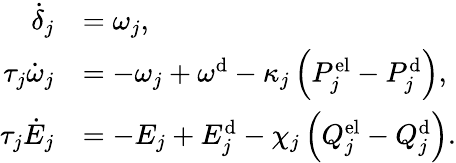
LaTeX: \begin{array}{rl}{\dot{\delta}_{j}}&{=\omega_{j},}\\ {\tau_{j}\dot{\omega}_{j}}&{=-\omega_{j}+\omega^{\mathrm{d}}-\kappa_{j}\left(P_{j}^{\mathrm{el}}-P_{j}^{\mathrm{d}}\right),}\\ {\tau_{j}\dot{E}_{j}}&{=-E_{j}+E_{j}^{\mathrm{d}}-\chi_{j}\left(Q_{j}^{\mathrm{el}}-Q_{j}^{\mathrm{d}}\right).}\end{array}